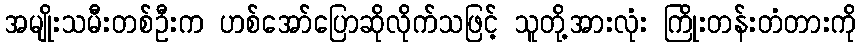
အမျိုးသမီးတစ်ဦးက ဟစ်အော်ပြောဆိုလိုက်သဖြင့် သူတို့အားလုံး ကြိုးတန်းတံတားကို